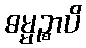
ဓမ္မဉ္စာပိ